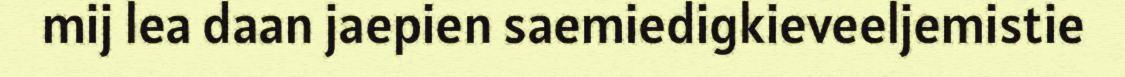
mij lea daan jaepien saemiedigkieveeljemistie